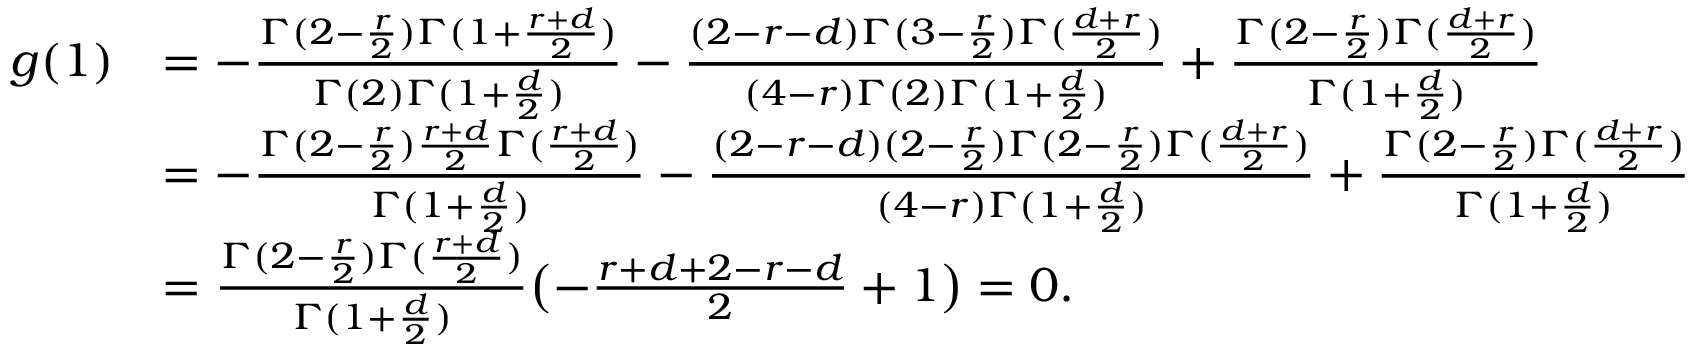
\begin{array} { r l } { g ( 1 ) } & { = - \frac { \Gamma ( 2 - \frac { r } { 2 } ) \Gamma ( 1 + \frac { r + d } { 2 } ) } { \Gamma ( 2 ) \Gamma ( 1 + \frac { d } { 2 } ) } - \frac { ( 2 - r - d ) \Gamma ( 3 - \frac { r } { 2 } ) \Gamma ( \frac { d + r } { 2 } ) } { ( 4 - r ) \Gamma ( 2 ) \Gamma ( 1 + \frac { d } { 2 } ) } + \frac { \Gamma ( 2 - \frac { r } 2 ) \Gamma ( \frac { d + r } { 2 } ) } { \Gamma ( 1 + \frac { d } { 2 } ) } } \\ & { = - \frac { \Gamma ( 2 - \frac { r } { 2 } ) \frac { r + d } { 2 } \Gamma ( \frac { r + d } { 2 } ) } { \Gamma ( 1 + \frac { d } { 2 } ) } - \frac { ( 2 - r - d ) ( 2 - \frac { r } { 2 } ) \Gamma ( 2 - \frac { r } { 2 } ) \Gamma ( \frac { d + r } { 2 } ) } { ( 4 - r ) \Gamma ( 1 + \frac { d } { 2 } ) } + \frac { \Gamma ( 2 - \frac { r } 2 ) \Gamma ( \frac { d + r } { 2 } ) } { \Gamma ( 1 + \frac { d } { 2 } ) } } \\ & { = \frac { \Gamma ( 2 - \frac { r } { 2 } ) \Gamma ( \frac { r + d } { 2 } ) } { \Gamma ( 1 + \frac { d } { 2 } ) } \bigl ( - \frac { r + d + 2 - r - d } { 2 } + 1 \bigr ) = 0 . } \end{array}